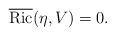
LaTeX: \begin{align*} \operatorname{\overline{Ric}}(\eta,V)=0.\end{align*}